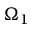
\Omega _ { 1 }